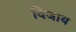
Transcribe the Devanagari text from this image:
विजाय